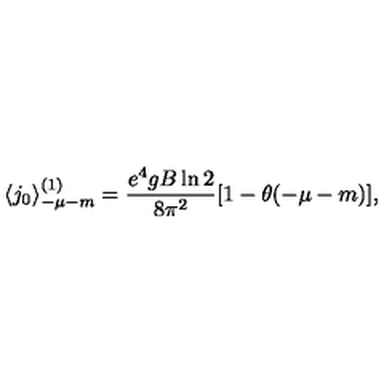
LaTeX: \langle j _ { 0 } \rangle _ { - \mu - m } ^ { ( 1 ) } = \frac { e ^ { 4 } g B \ln 2 } { 8 \pi ^ { 2 } } [ 1 - \theta ( - \mu - m ) ] ,